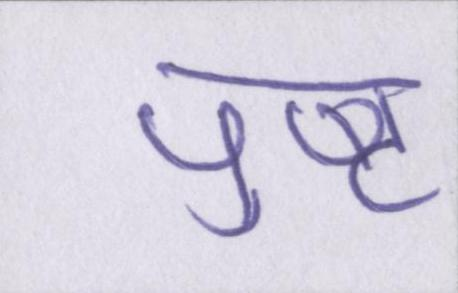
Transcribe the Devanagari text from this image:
पुष्ट